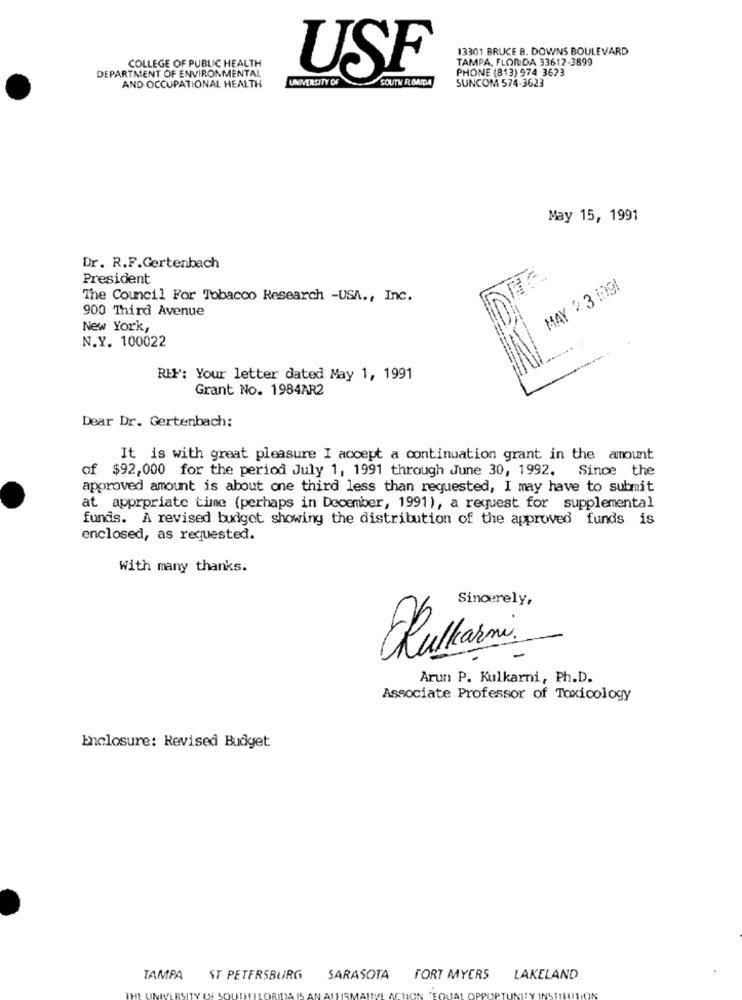
13301 BRUCE 8. DOWNS BOULEVARD
TAMPA, FLORIDA 33612-3899
COLLEGE OF PUBLIC HEALTH
PHONE (813) 974 3623
DEPARTMENT OF ENVIRONMENTAL
UNIVERSITY OF
USE
SOUTH ROAITA
SUNCOM 574-3623
AND OCCUPATIONAL HEALTH
May 15, 1991
Dr. R.F.Gertenbach
President
MAY º 3 1D91
The Council For Tobacco Research -USA ., Inc.
900 Third Avenue
New York,
N.Y. 100022
REF: Your letter dated May 1, 1991
Grant No. 1984AR2
Dear Dr. Gertenbach:
It is with great pleasure I accept a continuation grant in the amount
of $92,000 for the period July 1, 1991 through June 30, 1992. Since the
approved amount is about one third less than requested, I may have to submit
at apprpriate time (perhaps in December, 1991), a request for supplemental
funds. A revised budget showing the distribution of the approved funds is
enclosed, as requested.
With many thanks.
Sincerely,
Arun P. Kulkarni, Ph.D.
Associate Professor of Toxicology
Enclosure: Revised Budget
TAMPA ST PETERSBURG
SARASOTA
FORT MYERS
LAKELAND
SITY OF S